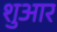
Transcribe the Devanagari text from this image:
शुआर